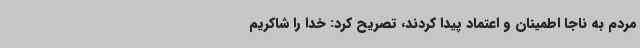
مردم به ناجا اطمینان و اعتماد پیدا کردند، تصریح کرد: خدا را شاکریم